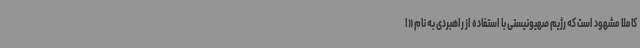
کاملا مشهود است که رژیم صهیونیستی با استفاده از راهبردی به نام «ا